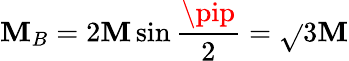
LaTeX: \mathbf{M}_{B}=2{\mathcal{{\mathbf{M}}}}\sin\frac{{\pip}}{{2}}=\sqrt{}{{3}}{\mathcal{{\mathbf{M}}}}